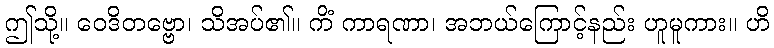
ဤသို့။ ဝေဒိတဗ္ဗော၊ သိအပ်၏။ ကိံ ကာရဏာ၊ အဘယ်ကြောင့်နည်း ဟူမူကား။ ဟိ